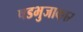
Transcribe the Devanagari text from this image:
षडभुजाकार